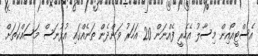
އެސްޓީއޯއިން މިސާލު އެހެރީ ފެއްނަން 20 އަހަރު ވަންދެން ތަނެއްގައި އުޅުނަސް މަސައްކަތަށް